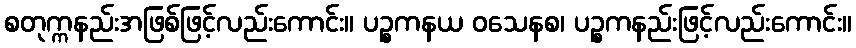
စတုက္ကနည်းအဖြစ်ဖြင့်လည်းကောင်း။ ပဉ္စကနယ ဝသေနစ၊ ပဉ္စကနည်းဖြင့်လည်းကောင်း။